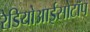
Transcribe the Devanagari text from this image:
रेडियोआईसोटॉप